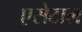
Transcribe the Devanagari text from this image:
एसेटाल